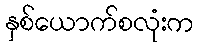
နှစ်ယောက်စလုံးက